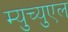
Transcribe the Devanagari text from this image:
म्युच्युएल